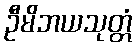
ဦမိဘယသုတ္တံ